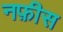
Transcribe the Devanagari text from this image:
नफ़ीस